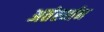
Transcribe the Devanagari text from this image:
अतंर्स्थान